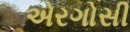
એરગોસી